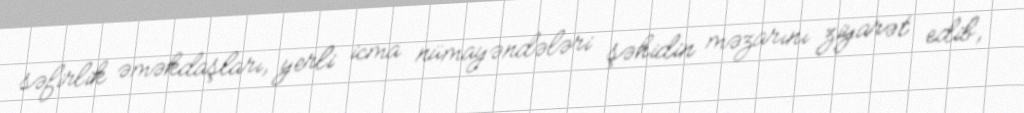
səfirlik əməkdaşları, yerli icma nümayəndələri şəhidin məzarını ziyarət edib,